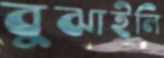
বুঝাইলি